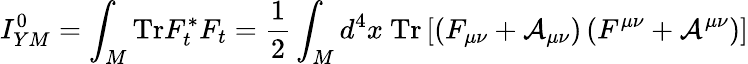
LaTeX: I_{YM}^{0}=\int_{M}\mathrm{Tr}F_{t}^{*}F_{t}=\frac{1}{2}\int_{M}d^{4}x\ \mathrm{Tr}\left[\left(F_{\mu\nu}+{\cal A}_{\mu\nu}\right)\left(F^{\mu\nu}+{\cal A}^{\mu\nu}\right)\right]